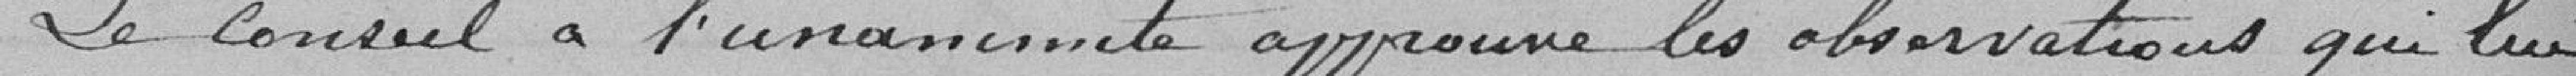
Le Conseil, à l'unanimité, approuve les observations qui lui